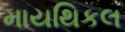
માયથિકલ